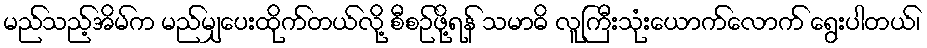
မည်သည့်အိမ်က မည်မျှပေးထိုက်တယ်လို့ စီစဉ်ဖို့ရန် သမာဓိ လူကြီးသုံးယောက်လောက် ရွေးပါတယ်၊